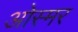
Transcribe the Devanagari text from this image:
ओस्मर